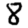
Digit: 8